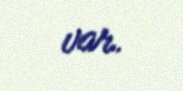
var.